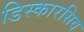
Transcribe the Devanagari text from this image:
डिस्कारसिव